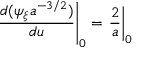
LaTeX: \left. \frac { d ( \psi _ { \xi } a ^ { - 3 / 2 } ) } { d u } \right| _ { 0 } = \left. \frac { 2 } { a } \right| _ { 0 }